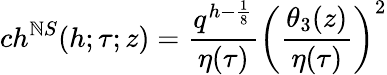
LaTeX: ch^{\mathbb{N}S}(h;\tau;z)={\frac{{q^{h-{\frac{{1}}{{8}}}}}}{{\eta(\tau)}}}\left({\frac{{\theta_{3}(z)}}{{\eta(\tau)}}}\right)^{2}